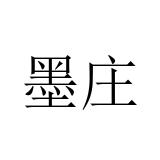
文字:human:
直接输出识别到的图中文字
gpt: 墨庄